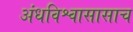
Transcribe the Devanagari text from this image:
अंधविश्वासासाच